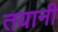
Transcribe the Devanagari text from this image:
तयानी